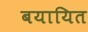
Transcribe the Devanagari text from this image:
बयायित